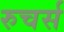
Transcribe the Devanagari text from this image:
रुचर्स